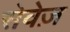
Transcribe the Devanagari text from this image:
सेवेज़